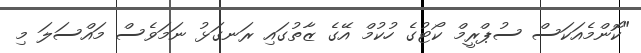
"ކޮންމެއަކަސް ސުޕްރީމް ކޯޓުގެ ހުކުމް އޭގެ ޒާތުގައި ރަނގަޅު ނަމަވެސް މައްސަލަ މި